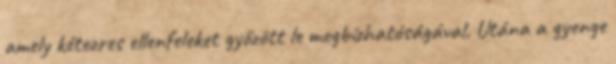
amely kétezres ellenfeleket győzött le megbízhatóságával. Utána a gyenge